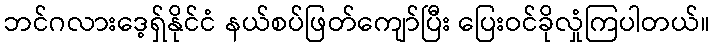
ဘင်ဂလားဒေ့ရှ်နိုင်ငံ နယ်စပ်ဖြတ်ကျော်ပြီး ပြေးဝင်ခိုလှုံကြပါတယ်။